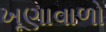
ખૂણાવાળો